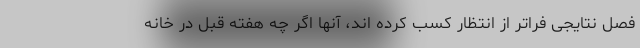
فصل نتایجی فراتر از انتظار کسب کرده اند، آنها اگر چه هفته قبل در خانه